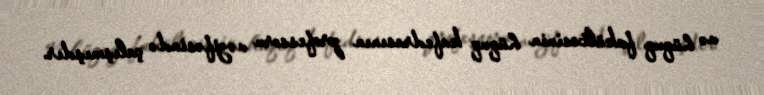
və hüquq fakültəsinin hüquq kafedrasının professoru vəzifəsində çalışmışdır.